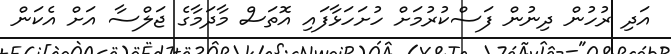
އަދި ރުހުން ދިނުން ފަސްކުރުމަށް ހުށަހަޅާފައި އޮތަސް މާދަމާގެ ޖަލްސާ އަށް އެކަން